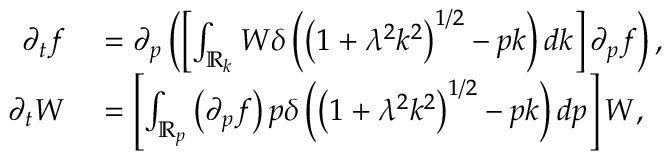
\begin{array} { r l } { \partial _ { t } f } & { { } = \partial _ { p } \left( \left[ \int _ { \mathbb { R } _ { k } } W \delta \left( \left( 1 + \lambda ^ { 2 } k ^ { 2 } \right) ^ { 1 / 2 } - p k \right) d k \right] \partial _ { p } f \right) , } \\ { \partial _ { t } W } & { { } = \left[ \int _ { \mathbb { R } _ { p } } \left( \partial _ { p } f \right) p \delta \left( \left( 1 + \lambda ^ { 2 } k ^ { 2 } \right) ^ { 1 / 2 } - p k \right) d p \right] W , } \end{array}